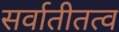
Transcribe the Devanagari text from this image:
सर्वातीतत्व